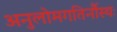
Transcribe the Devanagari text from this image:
अनुलोमगतिर्नौस्थः